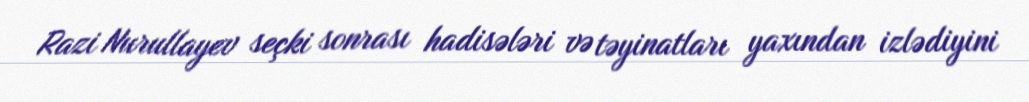
Razi Nurullayev seçki sonrası hadisələri və təyinatları yaxından izlədiyini